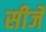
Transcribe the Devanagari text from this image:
सीर्जे